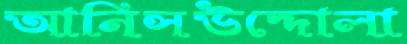
আনিসউদ্দোলা